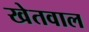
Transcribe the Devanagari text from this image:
खेतवाल